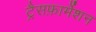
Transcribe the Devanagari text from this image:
ट्रैसफ़ार्मेशन